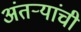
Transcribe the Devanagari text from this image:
अंतऱ्यांची